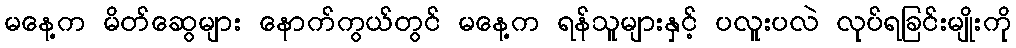
မနေ့က မိတ်ဆွေများ နောက်ကွယ်တွင် မနေ့က ရန်သူများနှင့် ပလူးပလဲ လုပ်ရခြင်းမျိုးကို